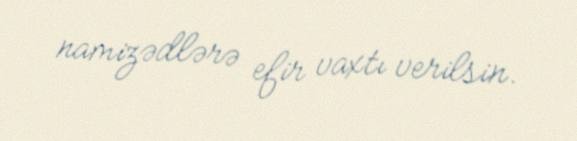
namizədlərə efir vaxtı verilsin.